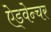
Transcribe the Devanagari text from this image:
ऐड्वेन्चर